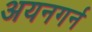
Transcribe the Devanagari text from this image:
अयनगर्न